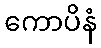
ကောပိနံ